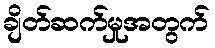
ချိတ်ဆက်မှုအတွက်